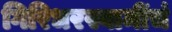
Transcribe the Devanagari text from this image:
गिरिधरस्वामींचं